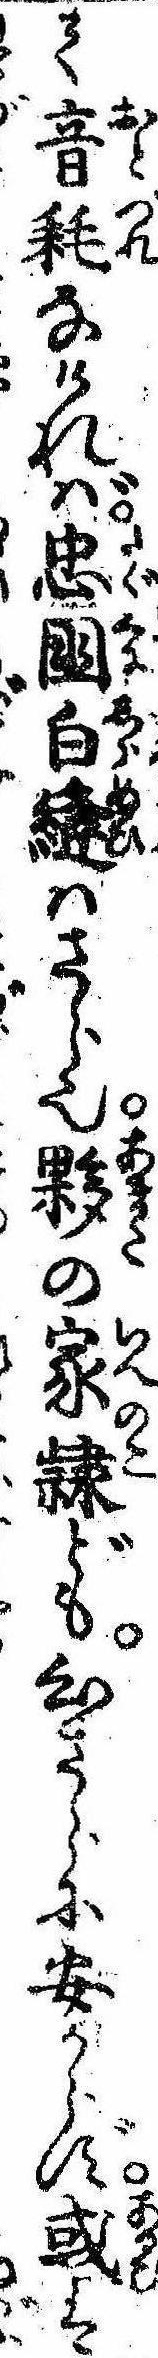
て音耗なければ忠国白縫はさら也夥の家隷ども心さらに安からず或は